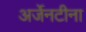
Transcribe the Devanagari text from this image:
अर्जेनटीना